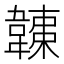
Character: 𩏏